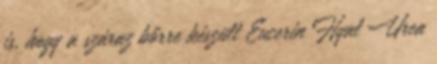
is, hogy a száraz bőrre készült Eucerin Hyal Urea